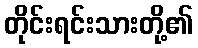
တိုင်းရင်းသားတို့၏